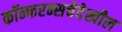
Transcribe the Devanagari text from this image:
कॉन्फरन्सचेदेखील